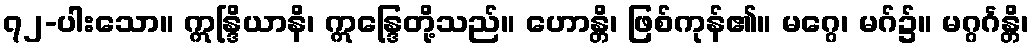
၇၂-ပါးသော။ ဣန္ဒြိယာနိ၊ ဣန္ဒြေတို့သည်။ ဟောန္တိ၊ ဖြစ်ကုန်၏။ မဂ္ဂေ၊ မဂ်၌။ မဂ္ဂင်္ဂန္တိ၊